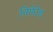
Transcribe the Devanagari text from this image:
निगेटेड